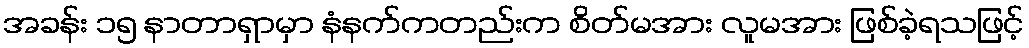
အခန်း ၁၅ နာတာရှာမှာ နံနက်ကတည်းက စိတ်မအား လူမအား ဖြစ်ခဲ့ရသဖြင့်